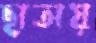
ছাতায়